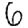
Digit: 6